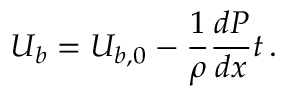
U _ { b } = U _ { b , 0 } - \frac { 1 } { \rho } \frac { d P } { d x } t \, .